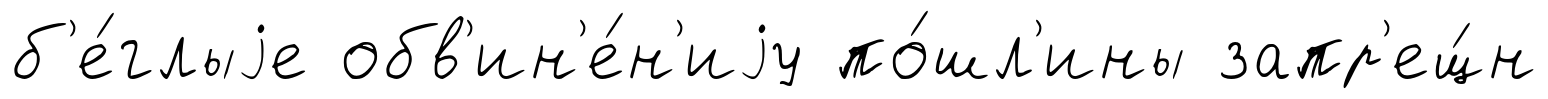
б'е́глыjе обв'ин'е́н'иjу по́шл'ины запр'ещ́н